Trukikaitis_Postimees, lk 183
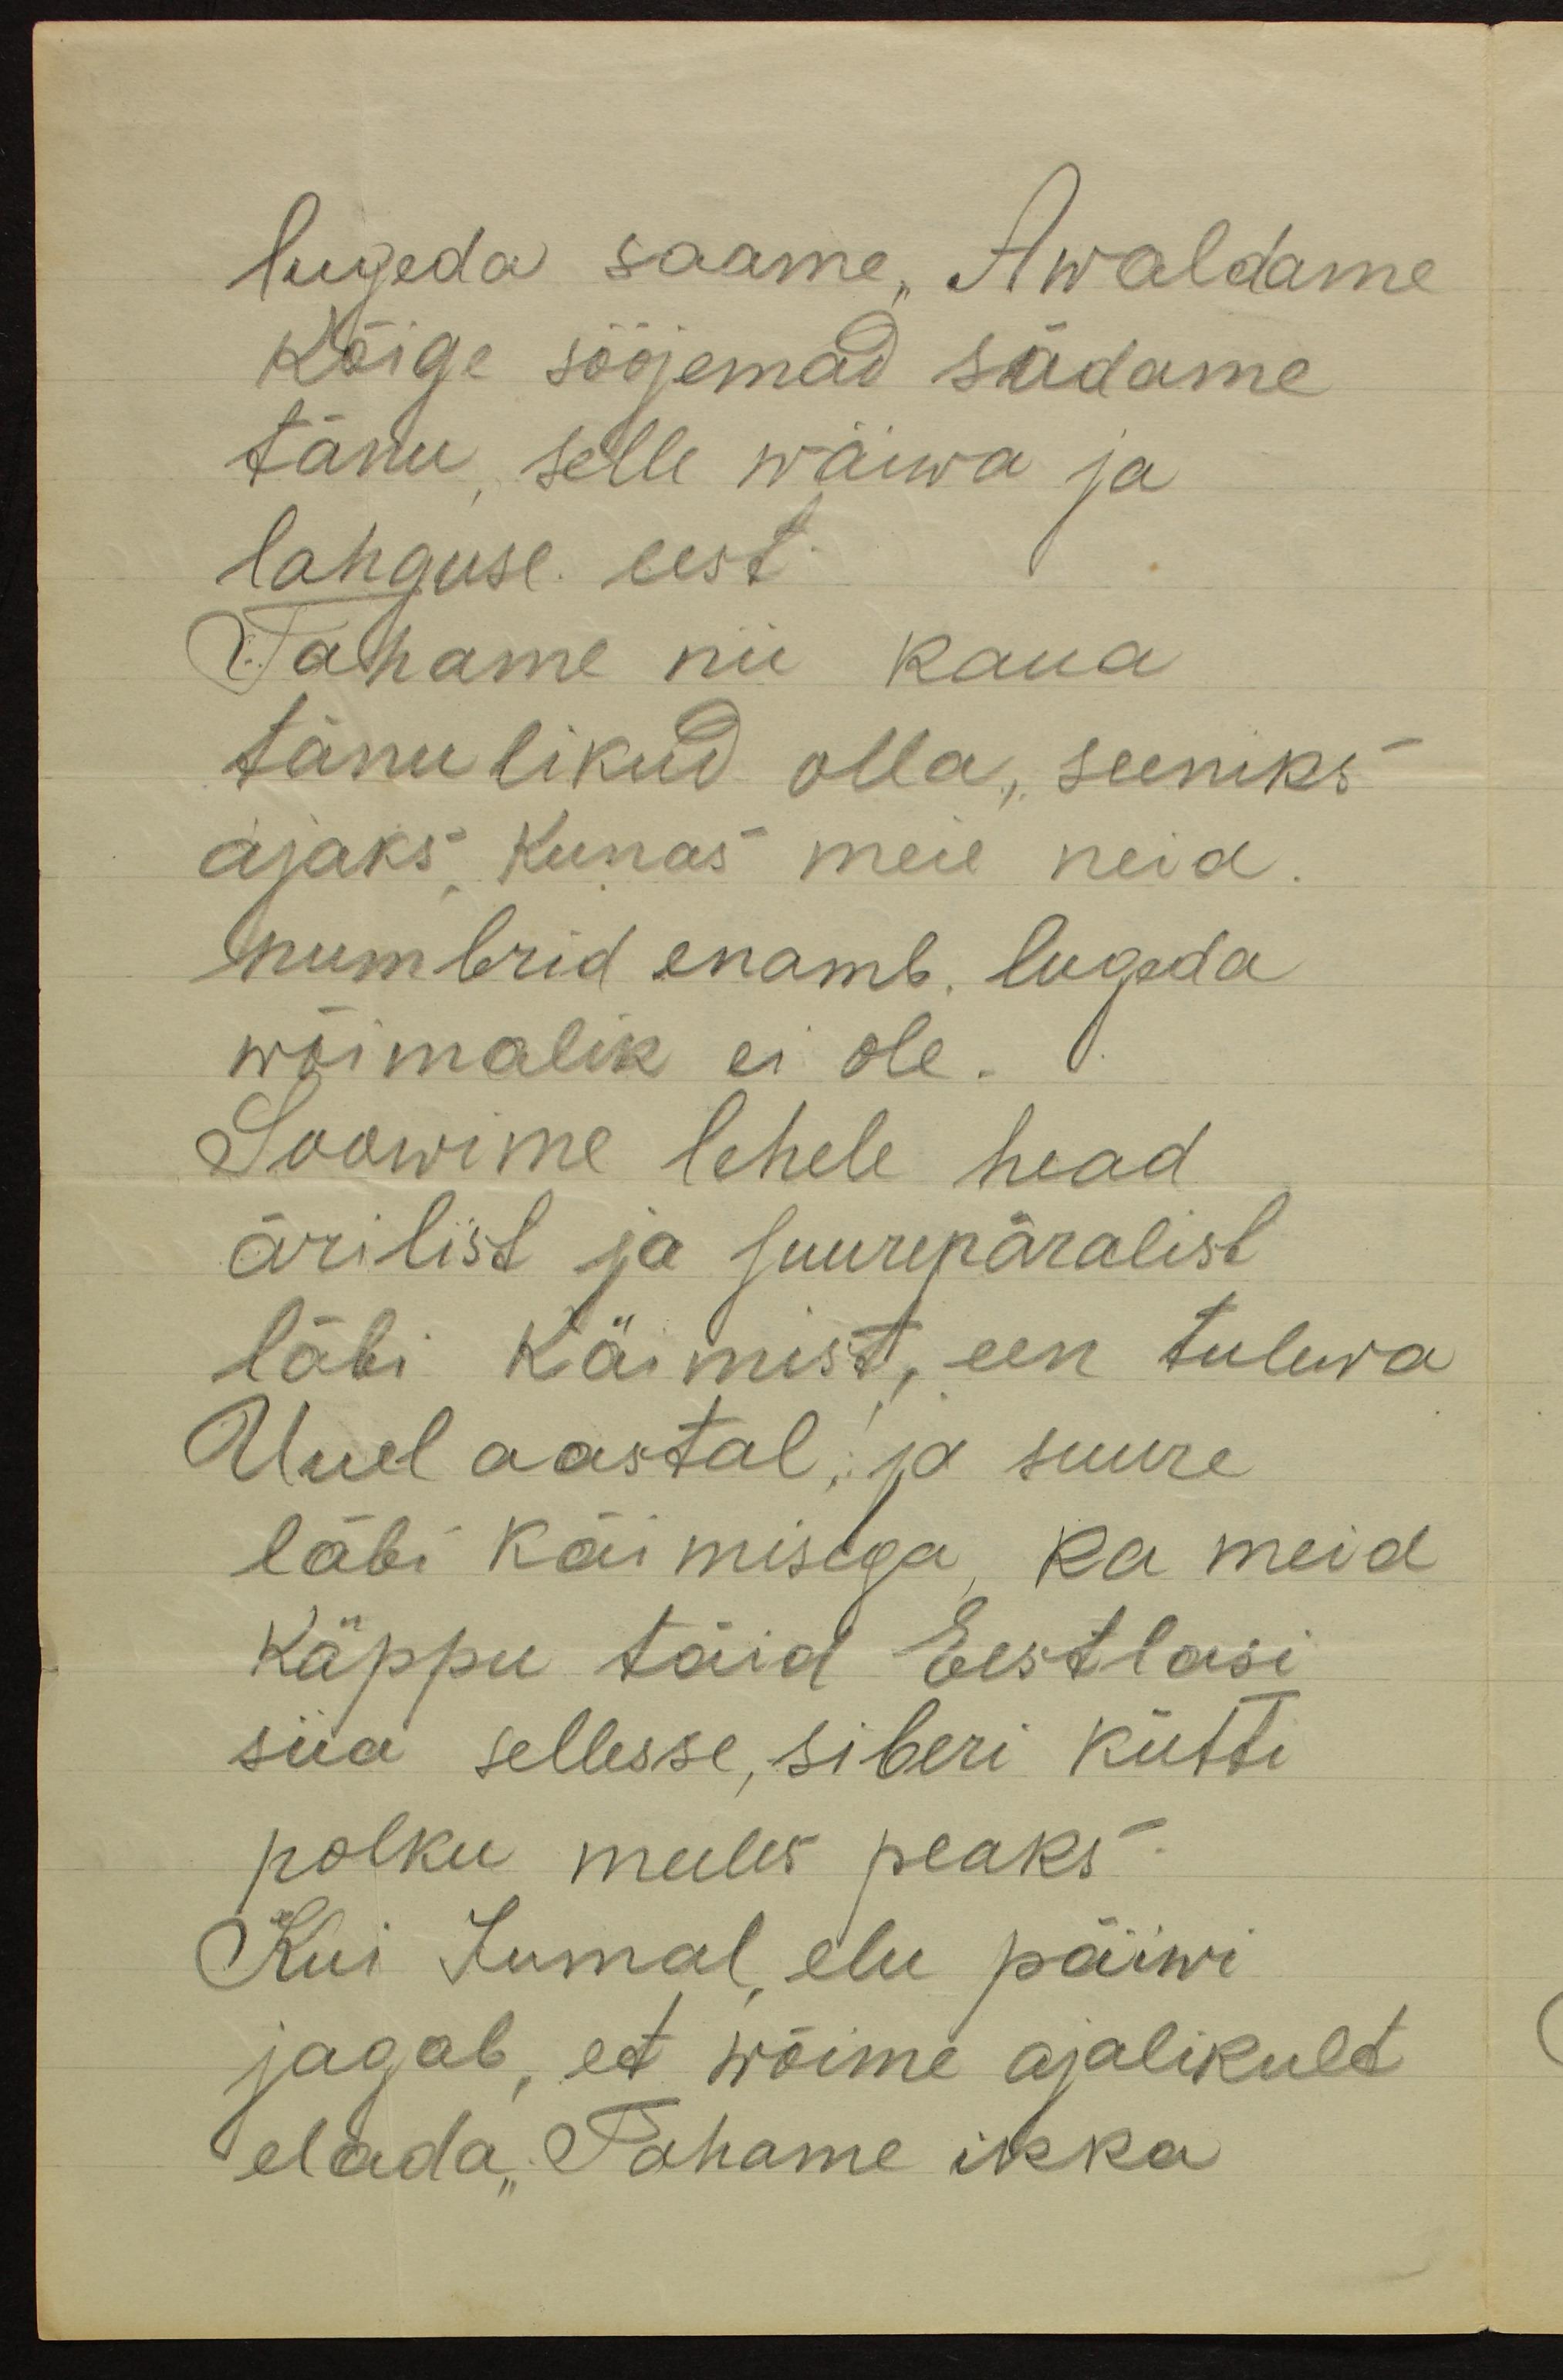
lugeda saame, Awaldame
Kõige sööjemad südame
tänu selle wäiwa ja
lahguse eest
Tahame nii kaua
tänulikud olla, seeniks
ajaks kunas meie neid
numbrid enamb. lugeda
wõimalik ei ole.
Soowime lehele head
ärilist ja suurepäralist
läbi käimist, een tulewa
Uuel aastal ja suure
läbi käimisega, ka meid
käppu täid Eestlasi
siia sellesse, siberi kütti
polku meeles peaks
Kui Jumal elu päiwi
jagab, et wõime ajalikult
elada, Tahame ikka